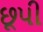
છૂપી